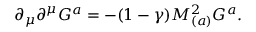
\partial _ { \mu } \partial ^ { \mu } G ^ { a } = - ( 1 - \gamma ) M _ { ( a ) } ^ { 2 } G ^ { a } .